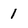
Character: 1